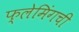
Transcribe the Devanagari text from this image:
फ्लेमिंगची